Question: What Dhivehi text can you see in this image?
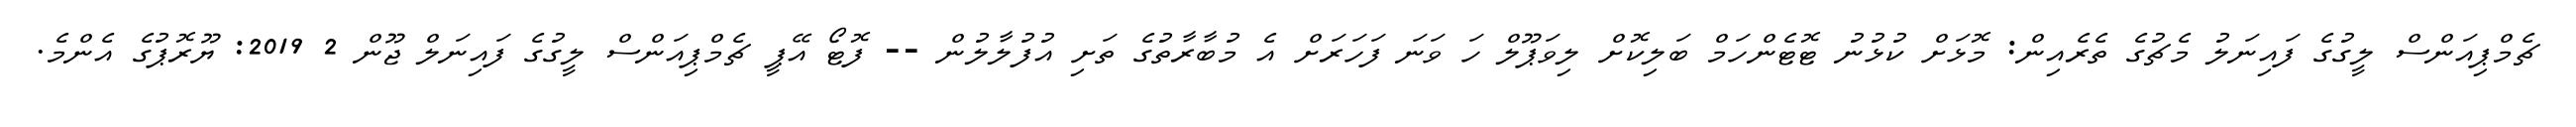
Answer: ޗެމްޕިއަންސް ލީގުގެ ފައިނަލު މެޗުގެ ތެރެއިން: މޮޅަށް ކުޅުނު ޓޮޓެންހަމް ބަލިކޮށް ލިވަޕޫލް ހަ ވަނަ ފަހަރަށް އެ މުބާރާތުގެ ތަށި އުފުލާލުން -- ފޮޓޯ އޭޕީ ޗެމްޕިއަންސް ލީގުގެ ފައިނަލް ޖޫން 2 2019: ޔޫރޮޕުގެ އެންމެ.